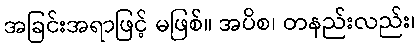
အခြင်းအရာဖြင့် မဖြစ်။ အပိစ၊ တနည်းလည်း၊